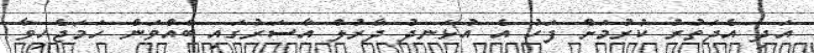
އަދި އެދަތުރު ކުރުމަށް ފަހު އެ އުޅަނދު ދާރުލް އާސަރުގައި ބާއްވަން ހަމަޖެހިވާ